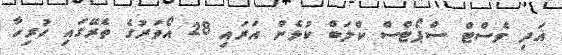
އަދި ވެސްޓް ސްޕޯޓްސް ކްލަބް ކުޅެން އަރައި 28 އޯވަރުގެ ތެރޭގައި ހުރިހާ